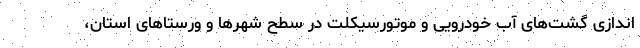
اندازی گشت‌های آب خودرویی و موتورسیکلت در سطح شهرها و ورستاهای استان،